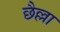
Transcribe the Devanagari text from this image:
छैल्ला